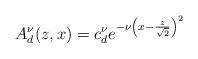
LaTeX: \begin{align*}A^{\nu}_d(z,x) = c^\nu_d e^{-\nu \left(x - \frac{z}{\sqrt{2}}\right)^2}\end{align*}